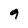
Character: 9